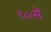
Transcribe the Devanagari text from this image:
१८०सें